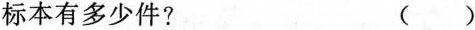
标本有多少件？ ()